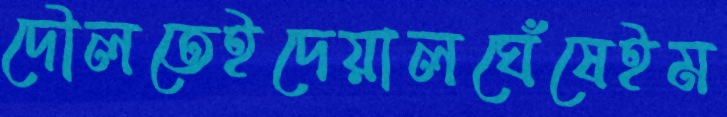
দৌলতেইদেয়ালঘেঁষেইম